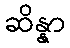
ဆိန္နာ